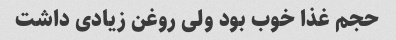
حجم غذا خوب بود ولی روغن زیادی داشت